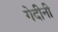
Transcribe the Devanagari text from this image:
गेदीनी